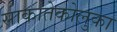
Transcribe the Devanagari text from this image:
साकातेकोलुका